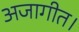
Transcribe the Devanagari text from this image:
अजागीत।